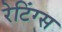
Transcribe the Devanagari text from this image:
रेटिंग्‍स